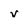
Character: v